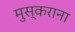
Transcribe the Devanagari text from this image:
मुस्कराना